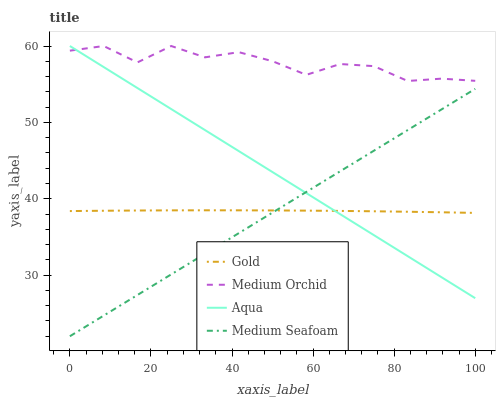
| xaxis_label | Gold | Medium Orchid | Aqua | Medium Seafoam |
 | --- | --- | --- | --- | --- |
 | 0 | 38.4 | 59.4 | 60 | 22 |
 | 8.33 | 38.4 | 60 | 57.2 | 24.7 |
 | 16.7 | 38.5 | 57.9 | 54.5 | 27.4 |
 | 25 | 38.5 | 60 | 51.7 | 30.1 |
 | 33.3 | 38.5 | 58.5 | 49 | 32.8 |
 | 41.7 | 38.5 | 59.2 | 46.2 | 35.5 |
 | 50 | 38.5 | 58 | 43.5 | 38.2 |
 | 58.3 | 38.4 | 56.2 | 40.7 | 40.9 |
 | 66.7 | 38.4 | 57.6 | 38 | 43.6 |
 | 75 | 38.4 | 57.4 | 35.2 | 46.3 |
 | 83.3 | 38.3 | 55.4 | 32.5 | 49 |
 | 91.7 | 38.2 | 55.7 | 29.7 | 51.7 |
 | 100 | 38.1 | 55.4 | 27 | 54.4 |